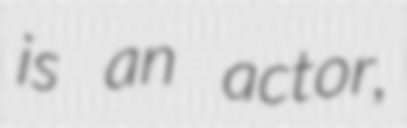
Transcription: is an actor,